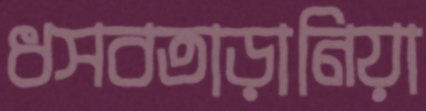
ধসবতাড়ানিয়া